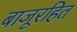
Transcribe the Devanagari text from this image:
बाजूरहित